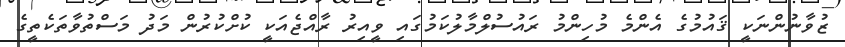
ޒުވާނުންނަކީ ޤައުމުގެ އެންމެ މުހިންމު ރައުސުލްމާލުކަމުގައި ވީއިރު ރާއްޖެއަކީ ކުށްކުރުން މަދު މަސްތުވާތަކެތީގެ